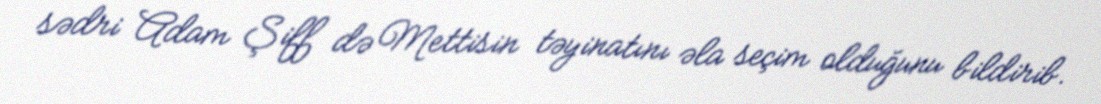
sədri Adam Şiff də Mettisin təyinatını əla seçim olduğunu bildirib.